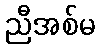
ညီအစ်မ